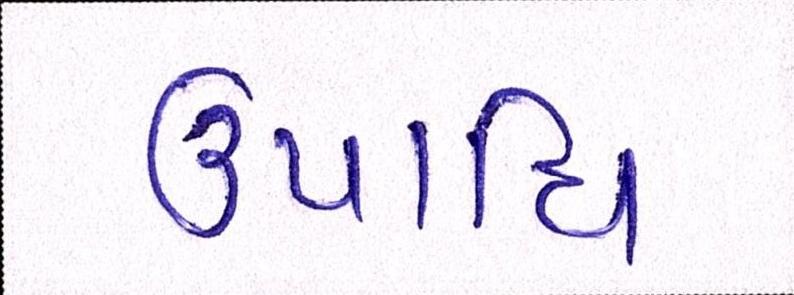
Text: ઉપાધિ